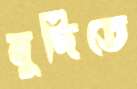
মুদিতে